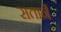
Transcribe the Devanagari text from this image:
सतानें